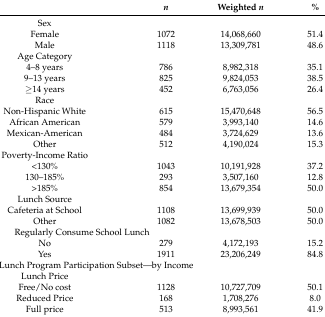
|  | n | Weighted n | % |
 | --- | --- | --- | --- |
 | Sex |  |  |  |
 | Female | 1072 | 14,068,660 | 51.4 |
 | Male | 1118 | 13,309,781 | 48.6 |
 | Age Category |  |  |  |
 | 4–8 years | 786 | 8,982,318 | 35.1 |
 | 9–13 years | 825 | 9,824,053 | 38.5 |
 | ≥14 years | 452 | 6,763,056 | 26.4 |
 | Race |  |  |  |
 | Non-Hispanic White | 615 | 15,470,648 | 56.5 |
 | African American | 579 | 3,993,140 | 14.6 |
 | Mexican-American | 484 | 3,724,629 | 13.6 |
 | Other | 512 | 4,190,024 | 15.3 |
 | Poverty-Income Ratio |  |  |  |
 | <130% | 1043 | 10,191,928 | 37.2 |
 | 130–185% | 293 | 3,507,160 | 12.8 |
 | >185% | 854 | 13,679,354 | 50.0 |
 | Lunch Source |  |  |  |
 | Cafeteria at School | 1108 | 13,699,939 | 50.0 |
 | Other | 1082 | 13,678,503 | 50.0 |
 | <COLSPAN=2> Regularly Consume School Lunch |  |  |
 | No | 279 | 4,172,193 | 15.2 |
 | Yes | 1911 | 23,206,249 | 84.8 |
 | <COLSPAN=2> School Lunch Program Participation Subset—by Income |  |  |
 | Lunch Price |  |  |  |
 | Free/No cost | 1128 | 10,727,709 | 50.1 |
 | Reduced Price | 168 | 1,708,276 | 8.0 |
 | Full price | 513 | 8,993,561 | 41.9 |